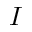
I